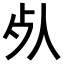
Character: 𣦸